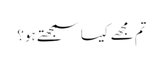
تم مجھے کیسا سمجھتے ہو؟